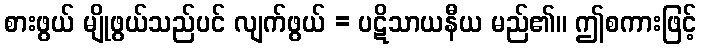
စားဖွယ် မျိုဖွယ်သည်ပင် လျက်ဖွယ် = ပဋိသာယနီယ မည်၏။ ဤစကားဖြင့်